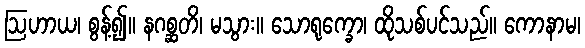
ဩဟာယ၊ စွန့်၍။ နဂစ္ဆတိ၊ မသွား။ သောရုက္ခော၊ ထိုသစ်ပင်သည်။ ကောနာမ၊